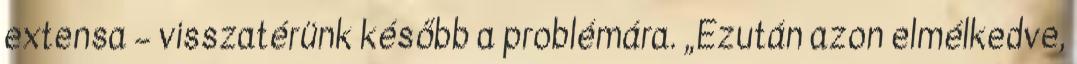
extensa – visszatérünk később a problémára. „Ezután azon elmélkedve,